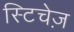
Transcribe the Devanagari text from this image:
स्टिचेज़